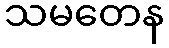
သမတေန